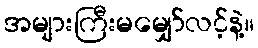
အများကြီးမမျှော်လင့်နဲ့။